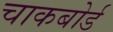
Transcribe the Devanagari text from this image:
चाकबोर्ड